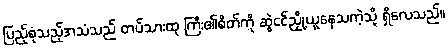
ပြည့်စုံသည့်အသံသည် တပ်သားထု ကြီး၏စိတ်ကို ဆွဲငင်ညှို့ယူနေသကဲ့သို့ ရှိလေသည်။